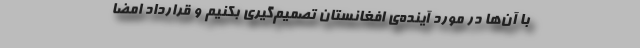
با آن‌ها در مورد آینده‌ی افغانستان تصمیم‌گیری بکنیم و قرارداد امضا